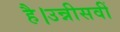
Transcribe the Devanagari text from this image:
है।उन्नीसवीं